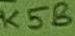
Text: K5B